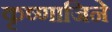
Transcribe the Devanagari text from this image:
कृष्णाजिने